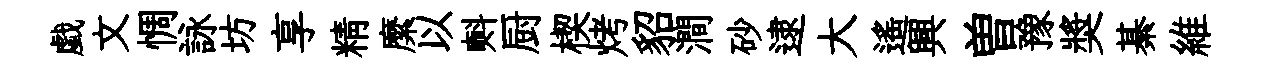
戯文惆詠坊享精縻以㪺厨楔烤貂澗砂逮大遥興曽豫奬綦維